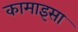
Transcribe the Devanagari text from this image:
कामाइसा